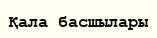
Қала басшылары